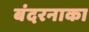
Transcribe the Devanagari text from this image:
बंदरनाका